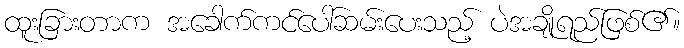
ထူးခြားတာက အခေါက်ကင်ပေါ်ဆမ်းပေးသည့် ပဲအချိုရည်ဖြစ်၏။